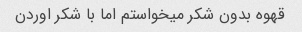
قهوه بدون شکر میخواستم اما با شکر اوردن